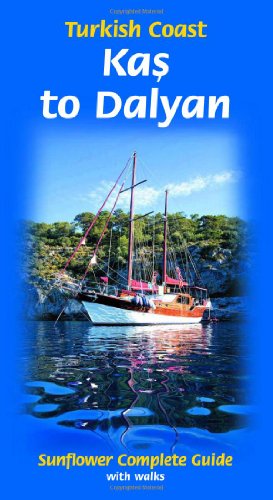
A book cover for Turkey (Kas to Dalyan) Sunflower Complete Series; Sunflower Books; Travel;